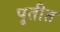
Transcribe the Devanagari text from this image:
पृतीत